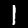
Label: 1